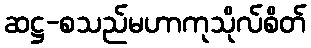
ဆဋ္ဌ-စသည်မဟာကုသိုလ်စိတ်